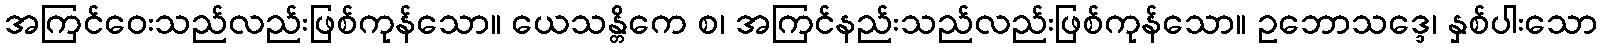
အကြင်ဝေးသည်လည်းဖြစ်ကုန်သော။ ယေသန္တိကေ စ၊ အကြင်နည်းသည်လည်းဖြစ်ကုန်သော။ ဥဘောသဒ္ဒေ၊ နှစ်ပါးသော